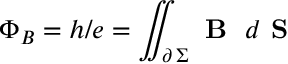
\Phi _ { B } = h / e = \iint _ { \partial \, \Sigma } \textbf { B } \; d \textbf { S }